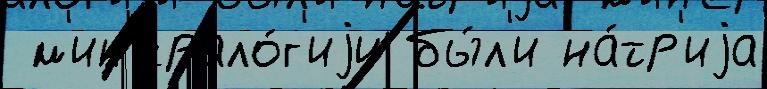
 м'ин'ерало́г'иjи бы́л'и на́тр'иjа